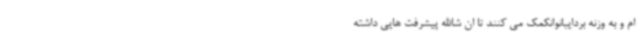
ام و به وزنه بردایبانوانکمک می کنند تا ان شاالله پیشرفت هایی داشته